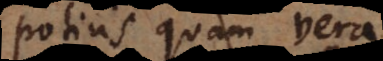
potius quam ver